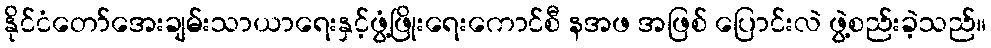
နိုင်ငံတော်အေးချမ်းသာယာရေးနှင့်ဖွံ့ဖြိုးရေးကောင်စီ နအဖ အဖြစ် ပြောင်းလဲ ဖွဲ့စည်းခဲ့သည်။